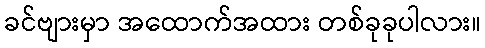
ခင်ဗျားမှာ အထောက်အထား တစ်ခုခုပါလား။